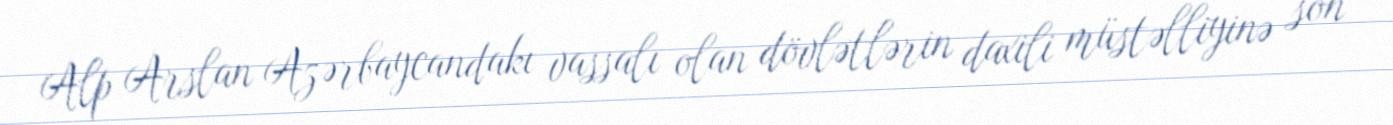
Alp Arslan Azərbaycandakı vassalı olan dövlətlərin daxili müstəlliyinə son